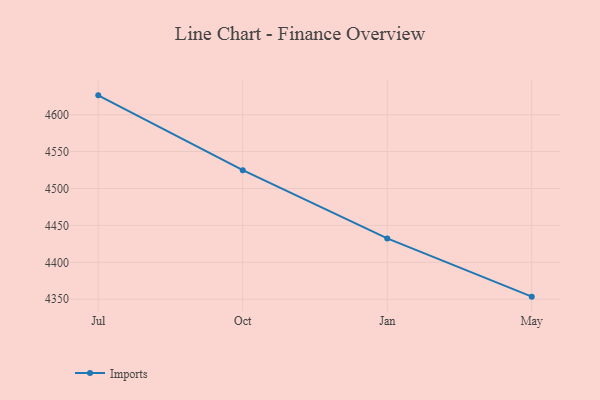
{"axis": {"x": "Month", "y": "Shipments"}, "legend": ["Imports"], "data": [{"x": "Jul", "y": 4626.1, "type": "Imports"}, {"x": "Oct", "y": 4524.8, "type": "Imports"}, {"x": "Jan", "y": 4432.4, "type": "Imports"}, {"x": "May", "y": 4353.5, "type": "Imports"}]}